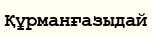
Құрманғазыдай